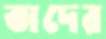
তাদের